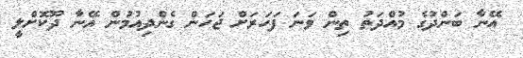
އޭނާ ބަންދުގެ މުއްދަތު ތިން ވަނަ ފަހަރަށް ޖަހަން ގެންދިއުމުންް އޭނާ ދޫކޮށްލީ